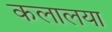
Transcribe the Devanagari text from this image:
कलालया